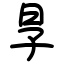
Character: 㫗